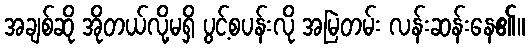
အချစ်ဆို အိုတယ်လို့မရှိ ပွင့်စပန်းလို အမြဲတမ်း လန်းဆန်းနေ၏။